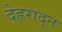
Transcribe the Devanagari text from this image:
देह्ररादून